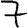
Digit: 7